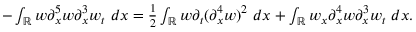
\begin{array} { r } { - \int _ { \mathbb R } w \partial _ { x } ^ { 5 } w \partial _ { x } ^ { 3 } w _ { t } \ d x = \frac { 1 } { 2 } \int _ { \mathbb R } w \partial _ { t } ( \partial _ { x } ^ { 4 } w ) ^ { 2 } \ d x + \int _ { \mathbb R } w _ { x } \partial _ { x } ^ { 4 } w \partial _ { x } ^ { 3 } w _ { t } \ d x . } \end{array}